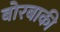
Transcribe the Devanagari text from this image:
बोरबाकी